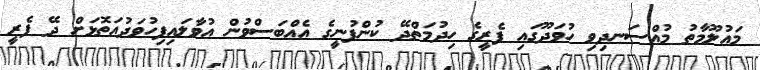
މައުލޫމާތު މުއްސަނދިވި ހުވަދޫގައި ފެރީގެ ހިދުމަތްދޭ ކުންފުނީގެ އެއްބަސްވުން އުވާލައިފިހުވަދުއަތޮޅަށް ދޭ ފެރީ